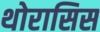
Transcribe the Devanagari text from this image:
थोरासिस